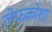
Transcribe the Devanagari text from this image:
लेफकोशा